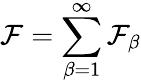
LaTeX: \mathcal{F}=\sum_{\beta=1}^{\infty}\mathcal{F}_{\beta}